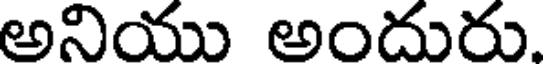
అనియు అందురు.